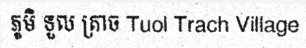
ភូមិ ទួល ត្រាច Tuol Trach Village